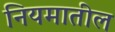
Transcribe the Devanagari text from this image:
नियमातील